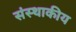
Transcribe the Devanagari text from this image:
संस्थाकीय